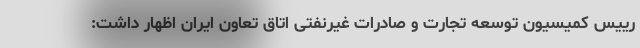
رییس کمیسیون توسعه تجارت و صادرات غیرنفتی اتاق تعاون ایران اظهار داشت: